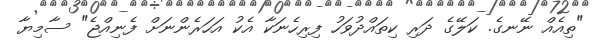
"ތިއެއް ނޭނގެ. ކަލޭގެ ދަރި ކިތައްދުވަހު ފިރިހެނަކާ އެކު އަހަރެންނަށް ފެނިއްޖެ" ސާމިޔާ